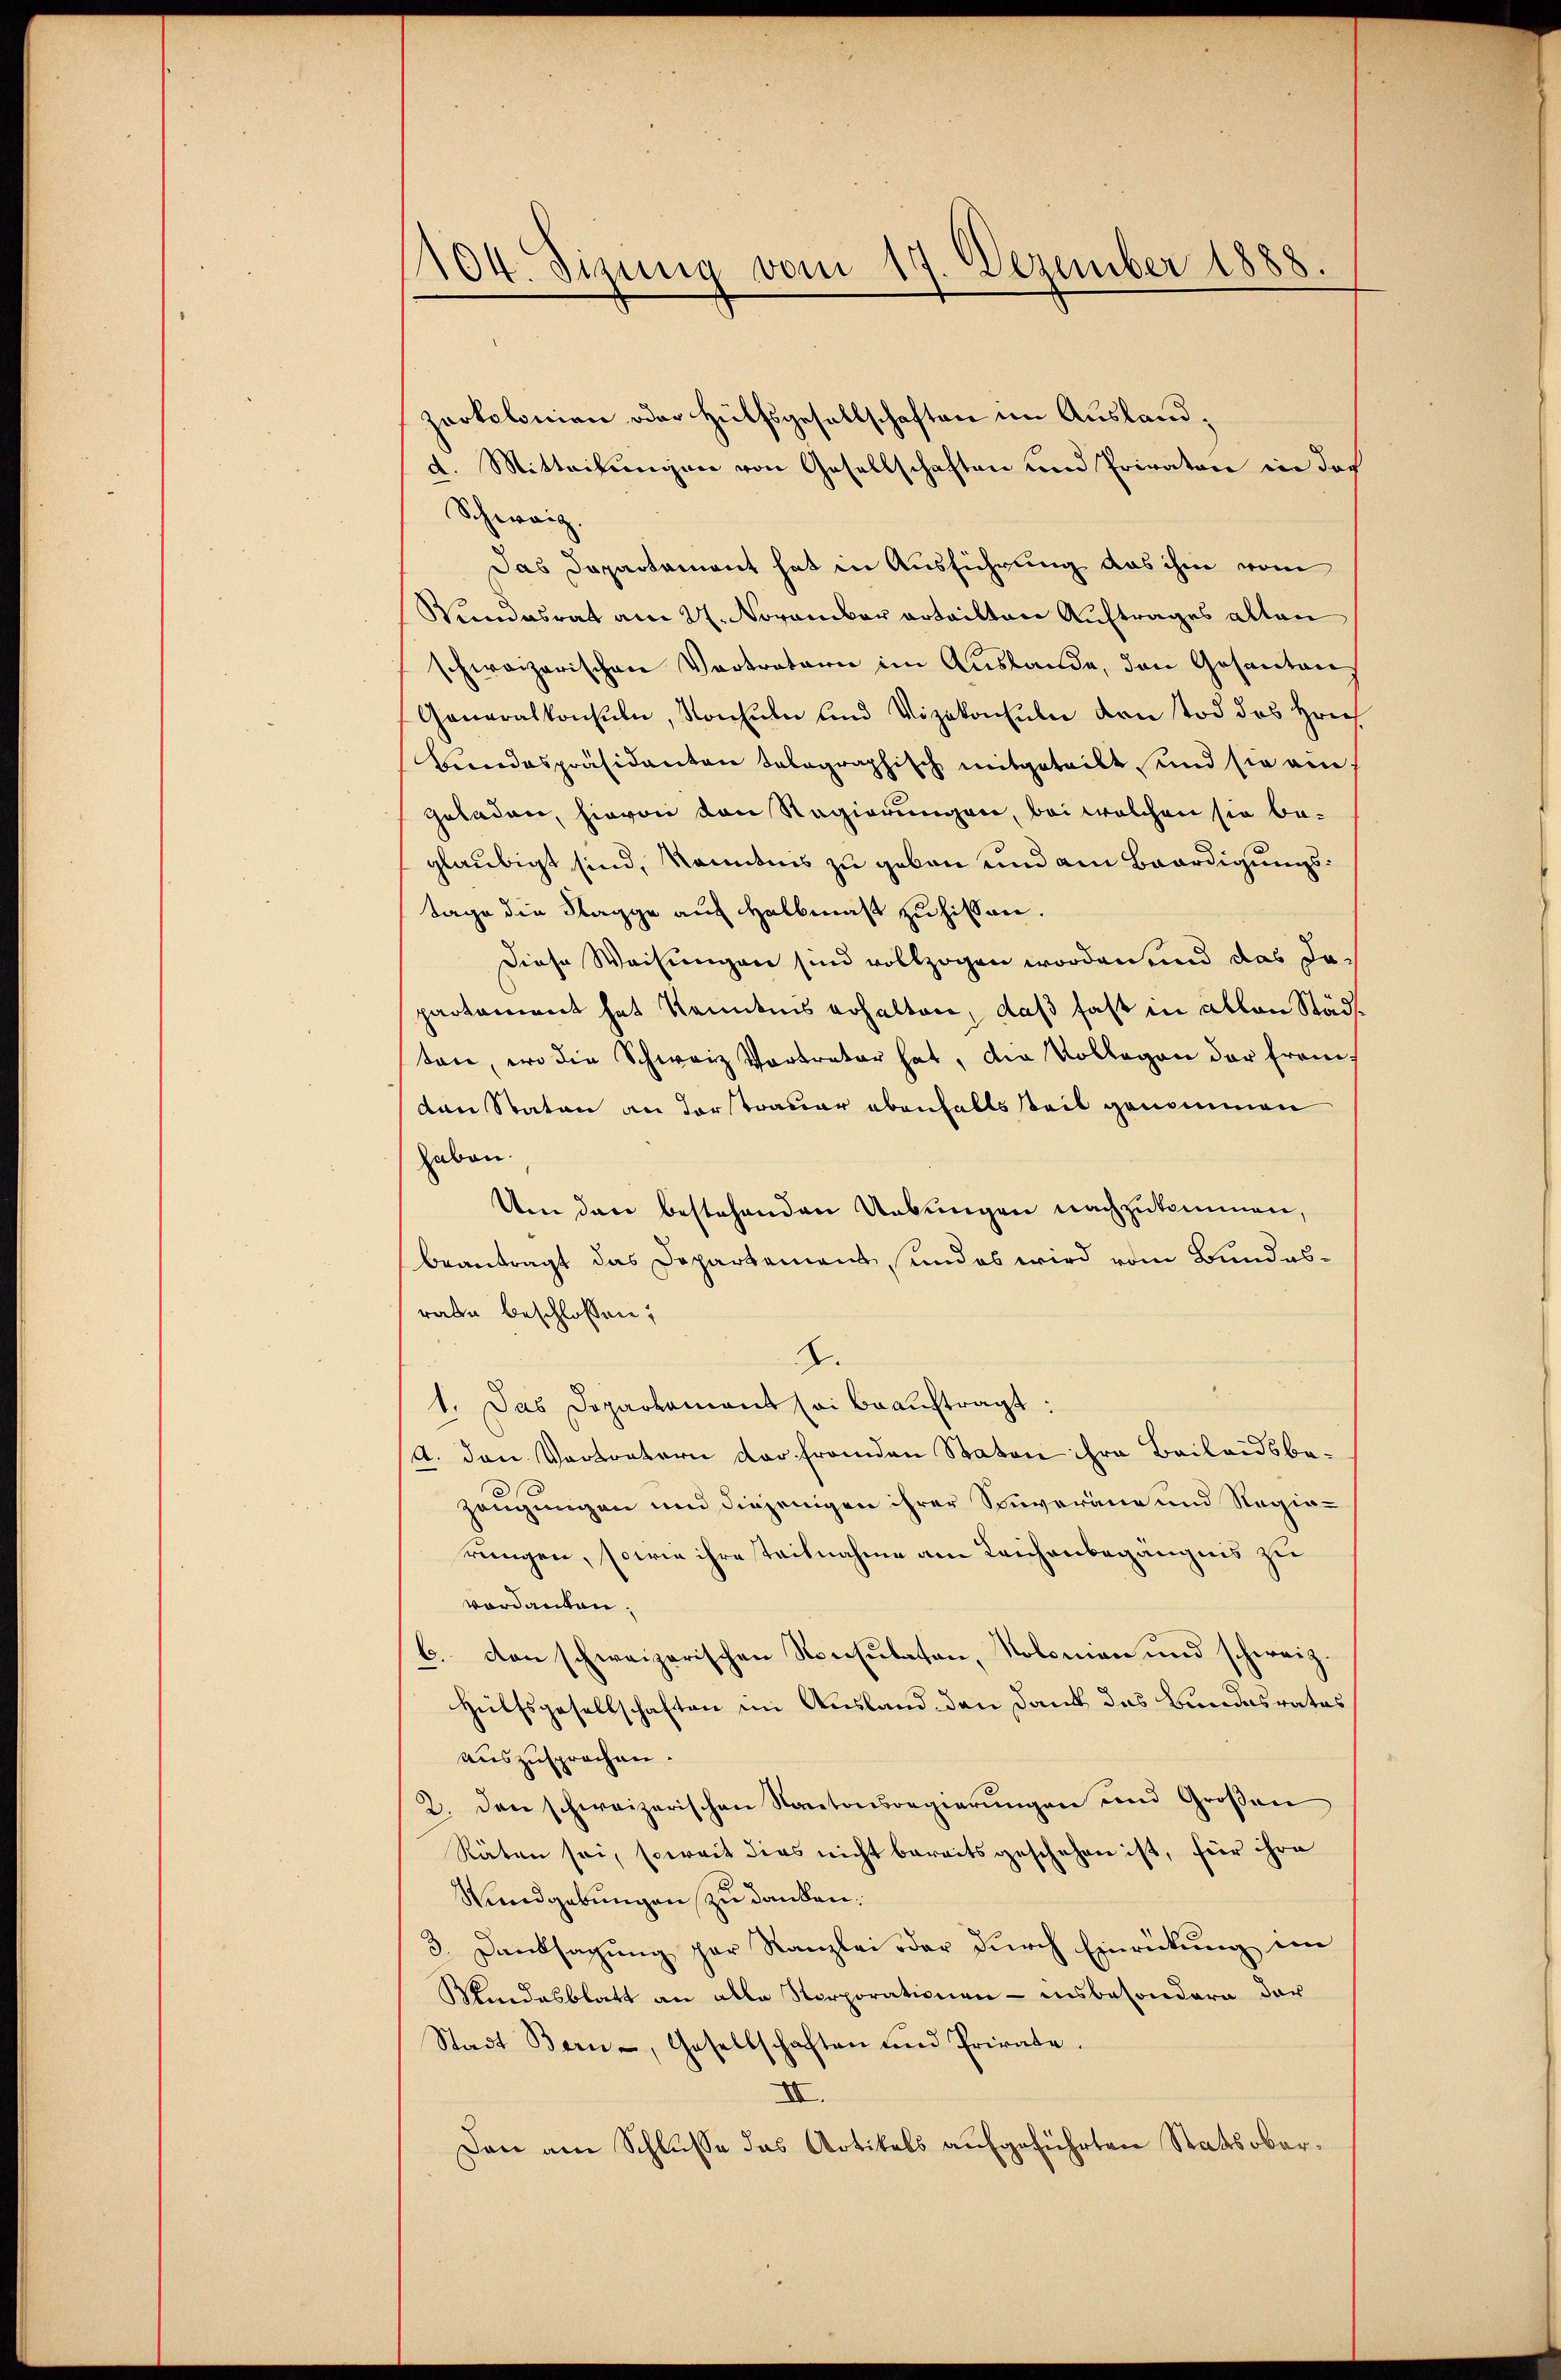
104. Sizung vom 17. Dezember 1888.

d. Mitteilungen von Gesellschaften und Privaten in des
Schweiz.
Das Departament hat in Ausführung das ihm vom
Vindesrat am 27. November erteilten Auftrages alten
schweizerischen Vertretern im Auslande, den Gesanten
Generalkonsuln, Konsuln und Vizekonsuln den Tod des Hrn
Bundespräsidenten telegraphisch mitgeteilt und sie am
geladen, hievon von Regierungen, bei welchen sie beglaubigt sind, kanntnis zu geben und am Baardigungstage die Klagge auf Halbmaß zuhissen.
diese Weisungen sind vollzogen worden und das Jopartement hat Kenntnis erhalten, daß fast in allen Städt
ten, wo die Schweiz Vortreter hat, die Vollegen der franden Staten an Forstrauer ebenfalls teil genommen
haben.
Um den bestehenden Uebungen nachzukommen,
beantragt das Departement, und es wird vom Bundesrate beschlossen:
2.
1. Das Dopartamant sei beauftragt:
A. den Vertretern der franden Staton ihre Beileidsbezeugungen und diejenigen ihrer Souveranz und Regierungen, sowie ihre Teilnahme am Leichenbegängnis zu
verdanken,
b. von schweizerischen Konsulaton, Kolonian und schweiz.
Hülfsgesellschaften im Ausland den Dank das Bundesrates
auszusprochen.
2. den schweizerischen Kantonsregierŭngen und Großen
Räten sei, soweit dies nicht bereits geschehen ist, für ihre
Rundgebungen zu danken:
3. Danksagung par Kanzlei oder durch Einrückung ein
Mindesblatt an alle Norporationen - insbesondern der
Stadt Bern, Gesellschaften und Prirate.
III.
Den am Schlusse das Artikels aufgeführten Statsober¬

zarkolonien oder Hülfsgesellschaften im Ausland¬